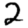
Digit: 2